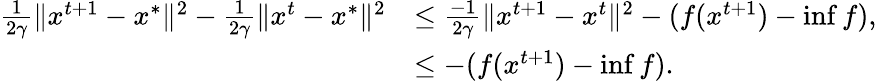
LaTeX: \begin{array}{rl}{\frac{1}{2\gamma}\Vert x^{t+1}-x^{*}\Vert^{2}-\frac{1}{2\gamma}\Vert x^{t}-x^{*}\Vert^{2}}&{\leq\frac{-1}{2\gamma}\Vert x^{t+1}-x^{t}\Vert^{2}-(f(x^{t+1})-\operatorname*{inf}f),}\\ &{\leq-(f(x^{t+1})-\operatorname*{inf}f).}\end{array}